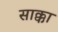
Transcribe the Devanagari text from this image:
साक्का